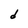
Character: d